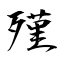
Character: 殣